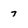
Character: 7